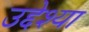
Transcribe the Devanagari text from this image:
उद्देश्या